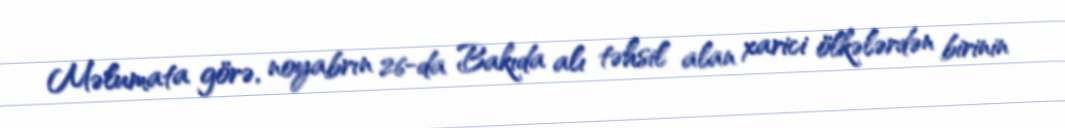
Məlumata görə, noyabrın 26-da Bakıda alı təhsil alan xarici ölkələrdən birinin